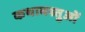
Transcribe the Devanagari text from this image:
कथावस्तुओं